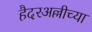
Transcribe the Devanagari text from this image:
हैदरअल्लीच्या